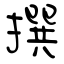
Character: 撰